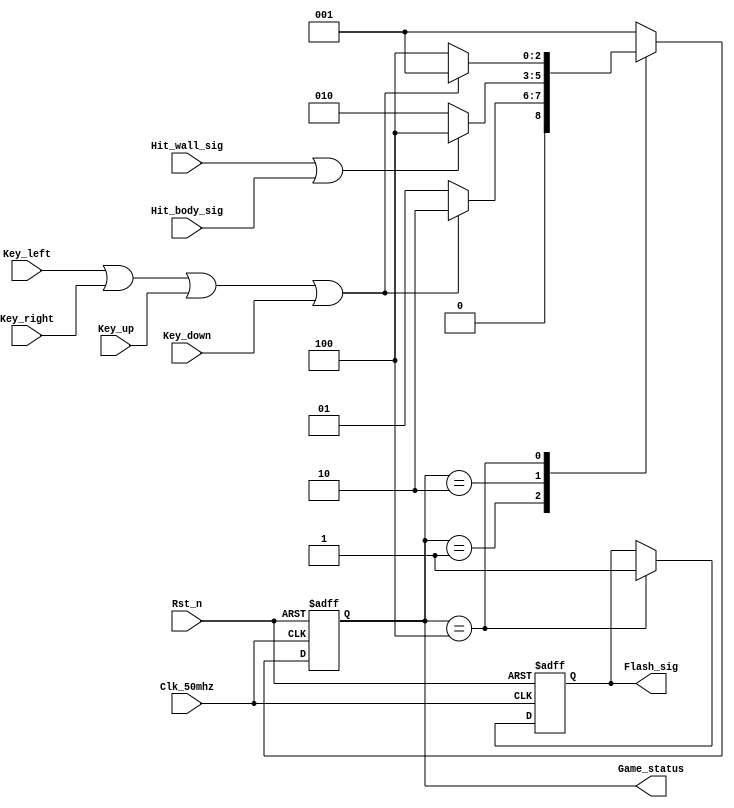
// This program was cloned from: https://github.com/Manistein/let-us-build-a-computer-system
// License: MIT License

module Game_ctrl_module//,	
(
	input Clk_50mhz,//50MHZ
	input Rst_n,//

	input Key_left,//
	input Key_right,//
	input Key_up,//
	input Key_down,//
	/*	
	input Left,//
	input Right,//
	input Up,//
	input Down,//
	
	*/
	
	output reg  [2:0] Game_status,//3START001PLAY010END100
	
	input Hit_wall_sig,//
	input Hit_body_sig,//
	
	output reg Flash_sig//FLASH
//	output reg Flash_over_sig
//	output reg Restart_sig//
		
);
	//3	
	parameter START = 3'b001;
	parameter  PLAY = 3'b010;
	parameter   END = 3'b100;
	
//	reg [31:0] Count1;//32
//	reg Flash_over_sig;
	
/*	reg [31:0] Count2;
	parameter T200ms = 32'd10_000_000;
	
	always @ (posedge Clk_50mhz or negedge Rst_n)
	begin
		if(!Rst_n)
			Count2 <= 32'd0;
		
		else if(Count2 == T200ms)
				Count2 <= 32'd0;
		else
				Count2 <= Count2 + 32'd1;
	end
	
	
	
	*/
	always @ (posedge Clk_50mhz or negedge Rst_n)
	begin
		if(!Rst_n)
		begin
			Game_status <= START;;//START
	//		Count1 <= 32'd0;//
			Flash_sig <= 1'd1;
			
	//		Flash_over_sig <= 1'b0;
		end
		else
		begin
			Game_status <= START;
			case(Game_status)//
				START://STARTPLAY
					  
					  
							begin	
								if(Key_left | Key_right | Key_up | Key_down)
								begin		
									Game_status <= PLAY;
						/*			Key_left <= 1'd0;
									Key_right <= 1'd0;
									Key_up <= 1'd0;
									Key_down <= 1'd0;*/
								end
								else
									Game_status <= START;//
								//	Game_status <= END;
							end
					 
	
				PLAY://PLAYEND
						begin
							if(Hit_wall_sig | Hit_body_sig)
							begin		
					/*			if(Count1 <= 32'd200_000_000)
								begin
									
									Count1 <= Count1 + 32'd1;
									if(Count1 == 32'd25_000_000)//0.5S50M
										Flash_sig <= 1'b0;//0
									else if(Count1 == 32'd50_000_000)//1.0S
										Flash_sig <= 1'b1;//1
									else if(Count1 == 32'd75_000_000)//
										Flash_sig <= 1'b0;
									else if(Count1 == 32'd100_000_000)
										Flash_sig <= 1'b1;
									else if(Count1 == 32'd125_000_000)
										Flash_sig <= 1'b0;
									else if(Count1 == 32'd150_000_000)
											begin
												Flash_sig <= 1'b1;
												Flash_over_sig <= 1'b1;
												Count1 <= 32'd0;
											end
									end */
								Game_status <= END;
								
							end
							else
								Game_status <= PLAY;
						end
		/*************************************/
	
				END://END
					begin
						
						if(Key_left | Key_right | Key_up | Key_down)
						begin
							Game_status <= START;
						//	Game_status <= END;
							Flash_sig <= 1'd1;//
			//				Flash_over_sig <= 1'b0;
			//				Count1 <= 32'd0;
						end
			/*			else if(Count1 <= 32'd200_000_000)
						begin
						   
							Count1 <= Count1 + 32'd1;
							if(Count1 == 32'd25_000_000)//0.5S50M
								Flash_sig <= 1'b0;//0
							else if(Count1 == 32'd50_000_000)//1.0S
								Flash_sig <= 1'b1;//1
							else if(Count1 == 32'd75_000_000)//
								Flash_sig <= 1'b0;
							else if(Count1 == 32'd100_000_000)
								Flash_sig <= 1'b1;
							else if(Count1 == 32'd125_000_000)
								Flash_sig <= 1'b0;
							else if(Count1 == 32'd150_000_000)
									begin
										Flash_sig <= 1'b1;
										Flash_over_sig <= 1'b1;
									end
						end */
						else
						begin
							Game_status <= END;
							Flash_sig <= 1'd1;//
			//				Flash_over_sig <= 1'b0;
					//		Count1 <= 32'd0;
						end		
					end
			endcase
		end
	end
	
	endmodule